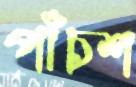
পাঁচশ